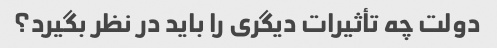
دولت چه تأثیرات دیگری را باید در نظر بگیرد؟